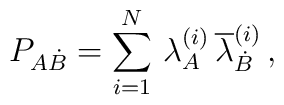
P_{A\dot{B}} = \sum\limits^{N}_{i=1} \, \lambda^{(i)}_{A} \,  \overline{\lambda}^{(i)}_{\dot{B}}\, ,